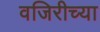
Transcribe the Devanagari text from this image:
वजिरीच्या